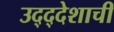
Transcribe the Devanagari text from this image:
उद्द्देशाची